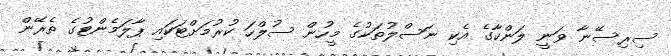
ސިރިސޭނާ ވަނީ ލަންކާގެ އެކި ނަސްލުތަކުގެ މީހުން ސުލްހަ ކުރުމަށްޓަކައި ޕާލަމެންޓުގެ ތެރޭން